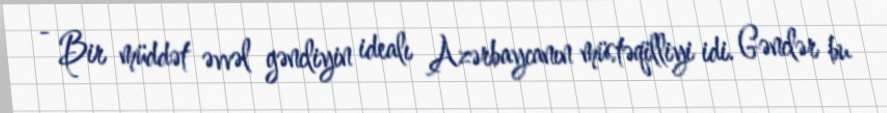
- Bir müddət əvvəl gəncliyin idealı Azərbaycanın müstəqilliyi idi. Gənclər bu